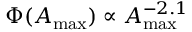
\Phi ( \ensuremath { A _ { \mathrm { m a x } } } ) \propto \ensuremath { A _ { \mathrm { m a x } } } ^ { - 2 . 1 }